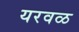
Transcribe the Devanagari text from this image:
यरवळ